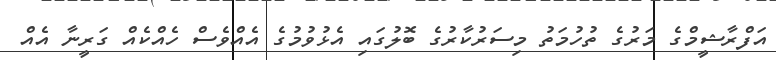
އަފްރާޝީމްގެ މަރުގެ ތުހުމަތު މިސަރުކާރުގެ ބޮލުގައި އެޅުވުމުގެ އެއްވެސް ހެއްކެއް ގަރީނާ އެއް